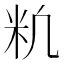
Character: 𥸱